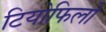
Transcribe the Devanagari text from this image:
टियोफिलो